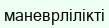
маневрлілікті